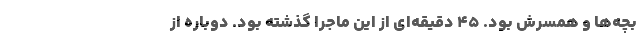
بچه‌ها و همسرش بود. 45 دقیقه‌ای از این ماجرا گذشته بود. دوباره از